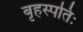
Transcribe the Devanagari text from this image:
बृहस्पतिः